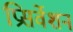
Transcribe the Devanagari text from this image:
प्रिसर्वेशन